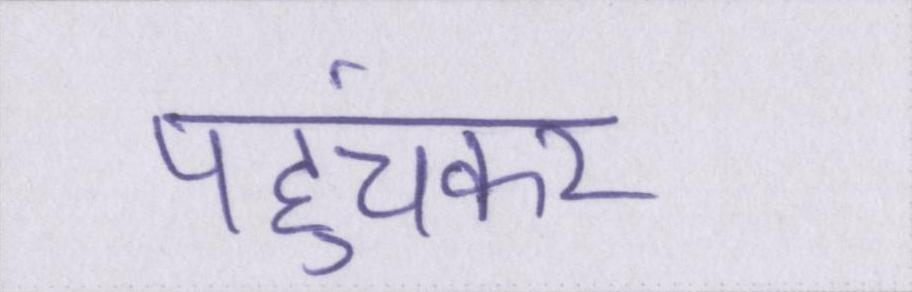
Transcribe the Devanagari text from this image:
पहुंचकर